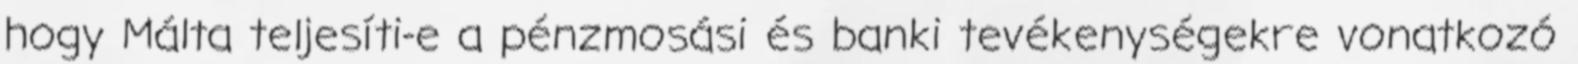
hogy Málta teljesíti-e a pénzmosási és banki tevékenységekre vonatkozó